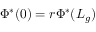
\Phi ^ { * } ( 0 ) = r \Phi ^ { * } ( L _ { g } )